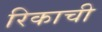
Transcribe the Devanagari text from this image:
रिकाची